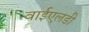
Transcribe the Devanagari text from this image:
वाईएलडी